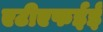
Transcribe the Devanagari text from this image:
एटीएफईई